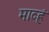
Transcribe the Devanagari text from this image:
माव्हं